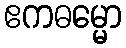
ဧကဓမ္မော